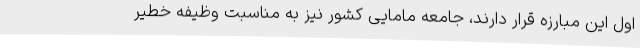
اول این مبارزه قرار دارند، جامعه مامایی کشور نیز به مناسبت وظیفه خطیر